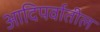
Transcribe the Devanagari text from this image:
आदिपर्वातील